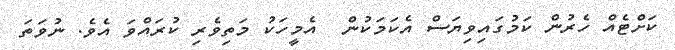
ކަށްޓެއް ހެރުން ކަމުގައިވިޔަސް އެކަމަކުން  އެމީހަކު މަތިވެރި ކުރައްވަ އެވެ. ނުވަތަ